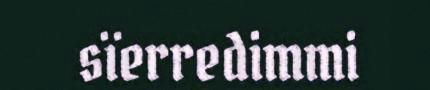
sïerredimmi